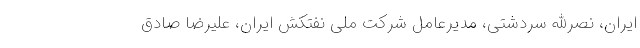
ایران، نصرالله سردشتی، مدیرعامل شرکت ملی نفتکش ایران، علیرضا صادق